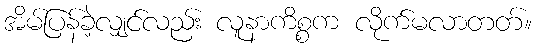
အိမ်ပြန်ခဲ့လျှင်လည်း လူနာကိစ္စက လိုက်မလာတတ်။